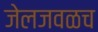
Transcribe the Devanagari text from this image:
जेलजवळच